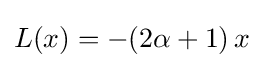
L(x)=-(2\alpha +1)\,x